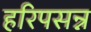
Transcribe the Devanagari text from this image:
हरिपसन्न